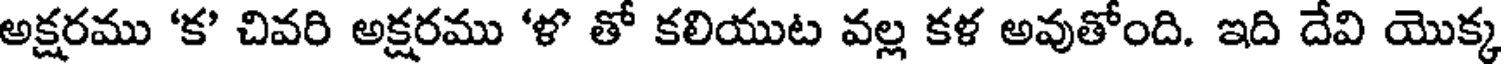
అక్షరము 'క' చివరి అక్షరము 'ళ తో కలియుట వల్ల కళ అవుతోంది. ఇది దేవి యొక్క